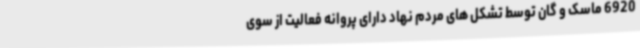
6920 ماسک و گان توسط تشکل های مردم نهاد دارای پروانه فعالیت از سوی